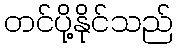
တင်ပို့နိုင်သည်